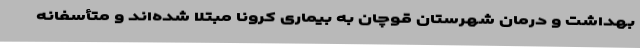
بهداشت و درمان شهرستان قوچان به بیماری کرونا مبتلا شده‌اند و متأسفانه